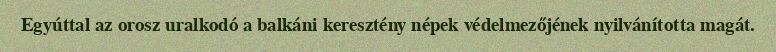
Egyúttal az orosz uralkodó a balkáni keresztény népek védelmezőjének nyilvánította magát.